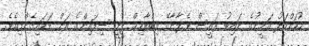
މުހައްމަދު އަމީނުގެ ނައިބު ރައީސް ވެލާނާގޭ އިބުރާހިމް ދީދީ ސިފައިންގެ އަށް ވަޑައިގެންފިއެވެ.